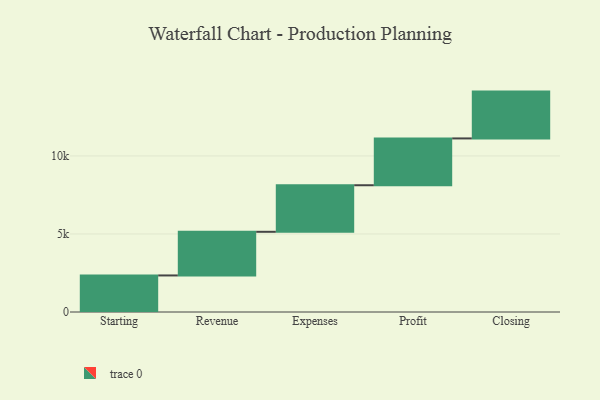
{"axis": {"x": "Step", "y": "Value"}, "legend": [""], "data": [{"x": "Starting", "y": 2342.0, "type": ""}, {"x": "Revenue", "y": 2797.0, "type": ""}, {"x": "Expenses", "y": 2983.0, "type": ""}, {"x": "Profit", "y": 3000, "type": ""}, {"x": "Closing", "y": 3000, "type": ""}]}